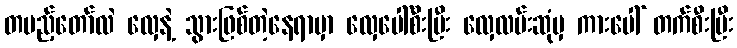
တပည့်တော်လဲ လှေနဲ့ သွားဖြစ်တဲ့နေရာမှာ လှေပေါ်စီးပြီး လှေလမ်းဆုံမှ ကားပေါ် တက်စီးပြီး